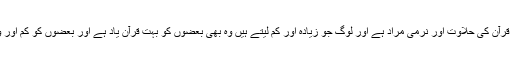
سیدنا ابو بکرؓ نے کہا کہ وہ بادل کا ٹکڑا تو اسلام ہے اور گھی اور شہد سے قرآن کی حلاوت اور نرمی مراد ہے اور لوگ جو زیادہ اور کم لیتے ہیں وہ بھی بعضوں کو بہت قرآن یاد ہے اور بعضوں کو کم اور وہ رسی جو آسمان سے زمین تک لٹکی ہے وہ دین حق ہے جس پر آپﷺ ہیں۔